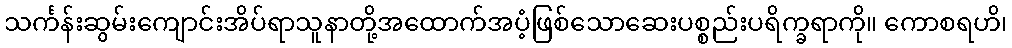
သင်္ကန်းဆွမ်းကျောင်းအိပ်ရာသူနာတို့အထောက်အပံ့ဖြစ်သောဆေးပစ္စည်းပရိက္ခရာကို။ ကောစရဟိ၊